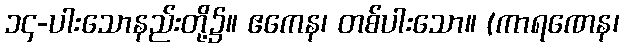
၁၄-ပါးသောနည်းတို့၌။ ဧကေန၊ တစ်ပါးသော။ (ကာရဏေန၊